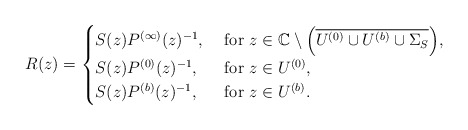
\begin{align*}R(z)=\begin{cases}S(z)P^{(\infty)}(z)^{-1},&\mbox{ for $z\in \mathbb C \setminus \left(\overline{U^{(0)} \cup U^{(b)} \cup \Sigma_S}\right)$, }\\S(z)P^{(0)}(z)^{-1},&\mbox{ for $z\in U^{(0)}$,}\\S(z)P^{(b)}(z)^{-1},&\mbox{ for $z\in U^{(b)}$.}\end{cases}\end{align*}